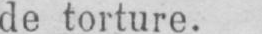
de torture.